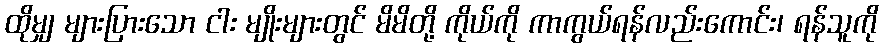
ထိုမျှ များပြားသော ငါး မျိုးများတွင် မိမိတို့ ကိုယ်ကို ကာကွယ်ရန်လည်းကောင်း၊ ရန်သူကို